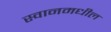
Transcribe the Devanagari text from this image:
स्वानमधील